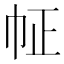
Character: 𢁿